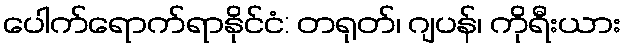
ပေါက်ရောက်ရာနိုင်ငံ: တရုတ်၊ ဂျပန်၊ ကိုရီးယား